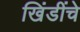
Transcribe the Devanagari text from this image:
खिंडींचे